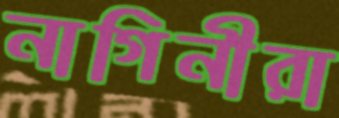
নাগিনীরা